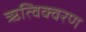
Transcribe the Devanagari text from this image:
ऋत्विक्वरण